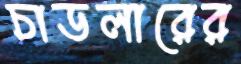
চাডলারের